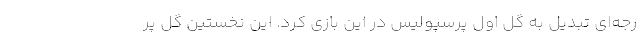
رجه‌ای تبدیل به گل اول پرسپولیس در این بازی کرد. این نخستین گل پر